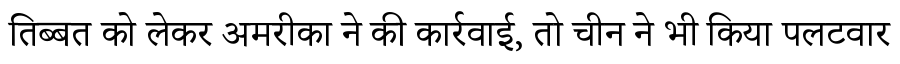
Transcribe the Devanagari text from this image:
तिब्बत को लेकर अमरीका ने की कार्रवाई, तो चीन ने भी किया पलटवार